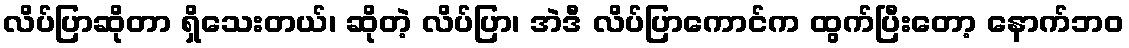
လိပ်ပြာဆိုတာ ရှိသေးတယ်၊ ဆိုတဲ့ လိပ်ပြာ၊ အဲဒီ လိပ်ပြာကောင်က ထွက်ပြီးတော့ နောက်ဘဝ